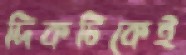
দিকটিকেই